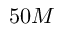
5 0 M